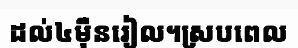
ដល់៤ម៉ឺនរៀល។ស្របពេល